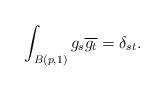
LaTeX: \begin{align*}\int_{B(p, 1)}g_s\overline{g_t} = \delta_{st}.\end{align*}